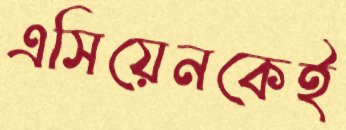
এসিয়েনকেই